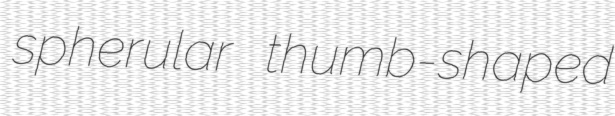
spherular thumb-shaped